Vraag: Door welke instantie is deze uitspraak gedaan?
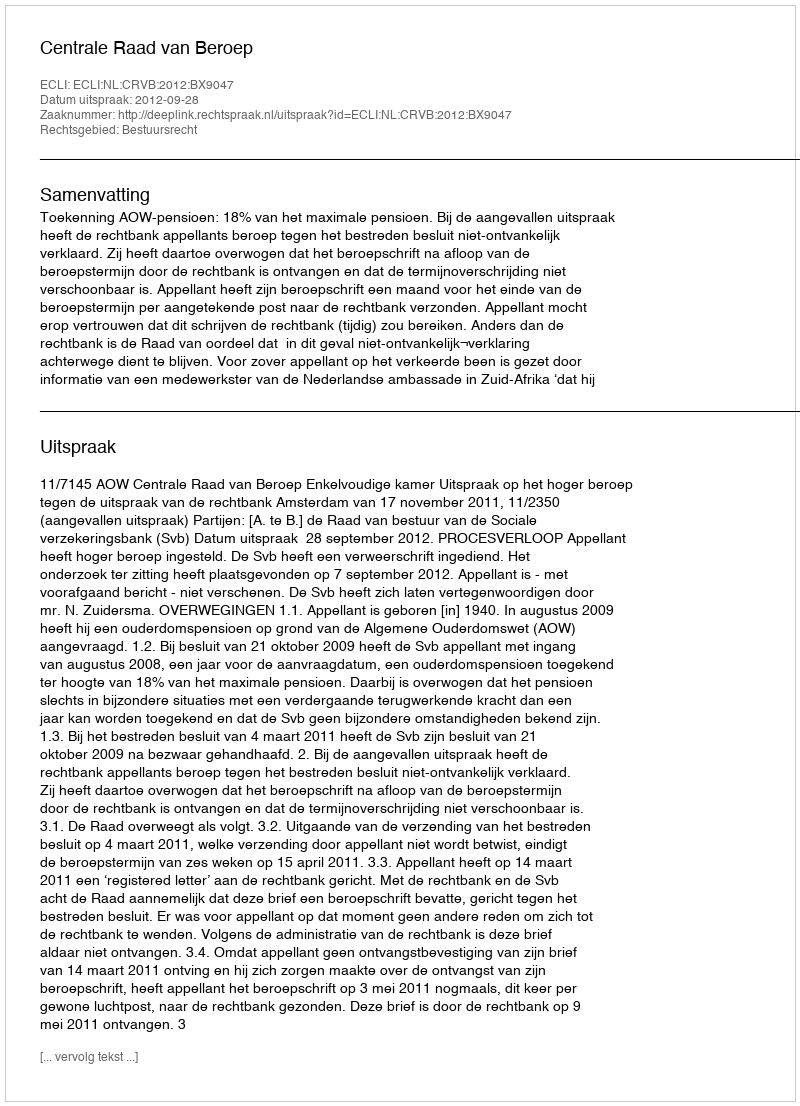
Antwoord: Centrale Raad van Beroep